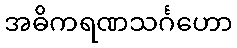
အဓိကရဏသင်္ဂဟော